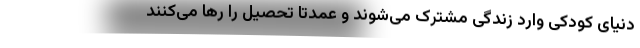
دنیای کودکی وارد زندگی مشترک می‌شوند و عمدتاً تحصیل را رها می‌کنند